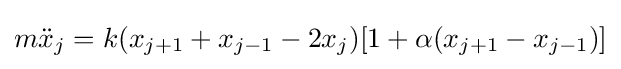
m{\ddot {x}}_{j}=k(x_{j+1}+x_{j-1}-2x_{j})[1+\alpha (x_{j+1}-x_{j-1})]